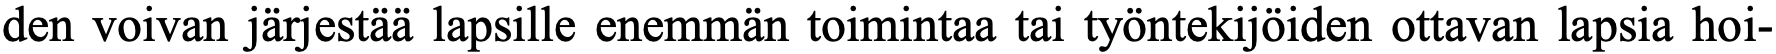
den voivan järjestää lapsille enemmän toimintaa tai työntekijöiden ottavan lapsia hoi-